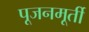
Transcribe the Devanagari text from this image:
पूजनमूर्ती